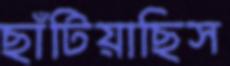
ছাঁটিয়াছিস